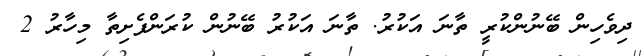
ދިވެހިން ބޭނުންކުރީ ތާނަ އަކުރު. ތާނަ އަކުރު ބޭނުން ކުރަންފެށިތާ މިހާރު 2